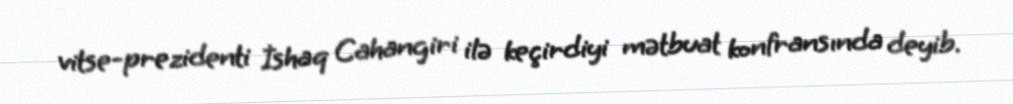
vitse-prezidenti İshaq Cahangiri ilə keçirdiyi mətbuat konfransında deyib.